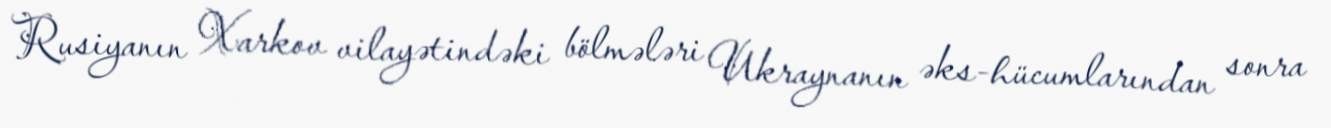
Rusiyanın Xarkov vilayətindəki bölmələri Ukraynanın əks-hücumlarından sonra